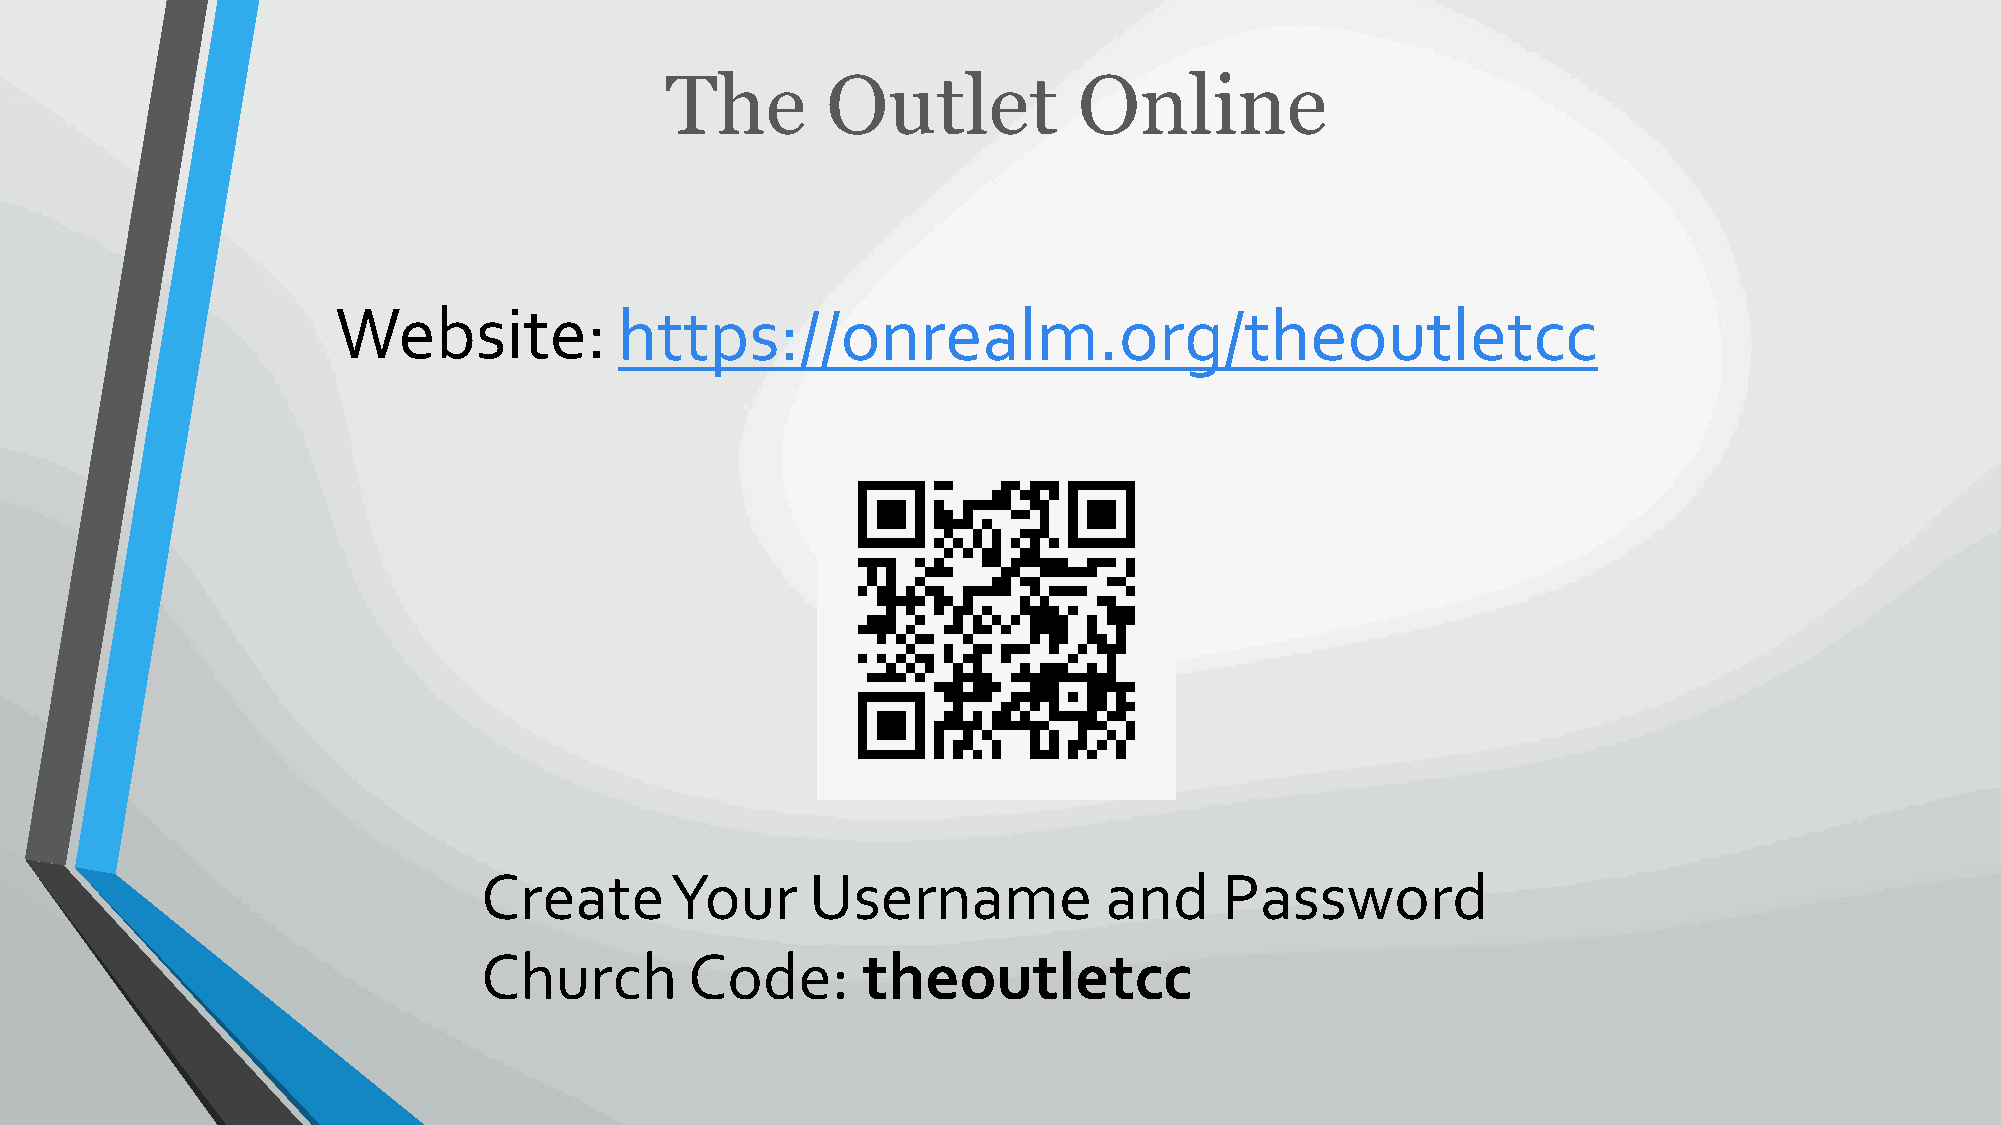
The        Outlet          Online
 Website:           https://onrealm.org/theoutletcc
 Create      Your      Username           and     Password
 Church        Code:      theoutletcc